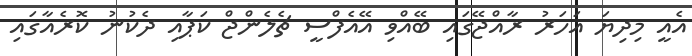
އެއީ މިދިޔަ އަހަރު ރާއްޖޭގައި ބޭއްވި އޭއެފްސީ ޗެލެންޖް ކަޕާއި ދެކުނު ކޮރެއާގައި